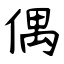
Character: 偶